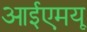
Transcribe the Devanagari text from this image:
आईएमयू